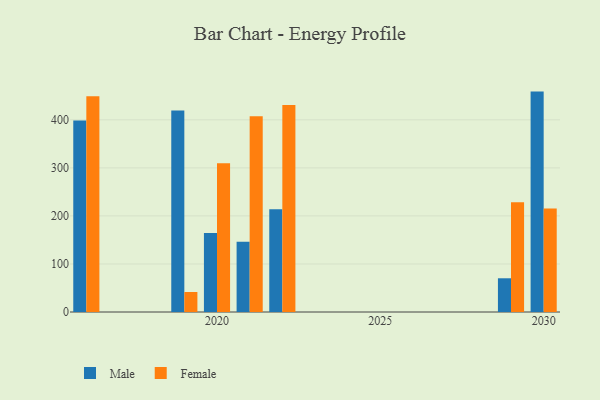
{"axis": {"x": "Year", "y": "Inventory Turnover"}, "legend": ["Female", "Male"], "data": [{"x": "2019", "y": 419.3, "type": "Male"}, {"x": "2019", "y": 41.6, "type": "Female"}, {"x": "2022", "y": 213.7, "type": "Male"}, {"x": "2022", "y": 430.8, "type": "Female"}, {"x": "2029", "y": 70.2, "type": "Male"}, {"x": "2029", "y": 228.5, "type": "Female"}, {"x": "2030", "y": 458.8, "type": "Male"}, {"x": "2030", "y": 215.7, "type": "Female"}, {"x": "2020", "y": 164.6, "type": "Male"}, {"x": "2020", "y": 309.8, "type": "Female"}, {"x": "2016", "y": 398.5, "type": "Male"}, {"x": "2016", "y": 449.3, "type": "Female"}, {"x": "2021", "y": 146.3, "type": "Male"}, {"x": "2021", "y": 407.4, "type": "Female"}]}